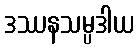
ဒဿနသမ္ပဒါယ